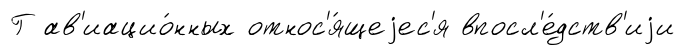
Г ав'иацио́нных относ'я́щеjес'я впосл'е́дств'иjи